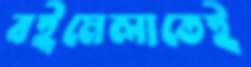
বইমেলাতেই